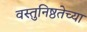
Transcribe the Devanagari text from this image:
वस्तुनिष्ठतेच्या